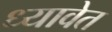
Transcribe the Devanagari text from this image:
ध्यावेत